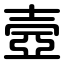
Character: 壼